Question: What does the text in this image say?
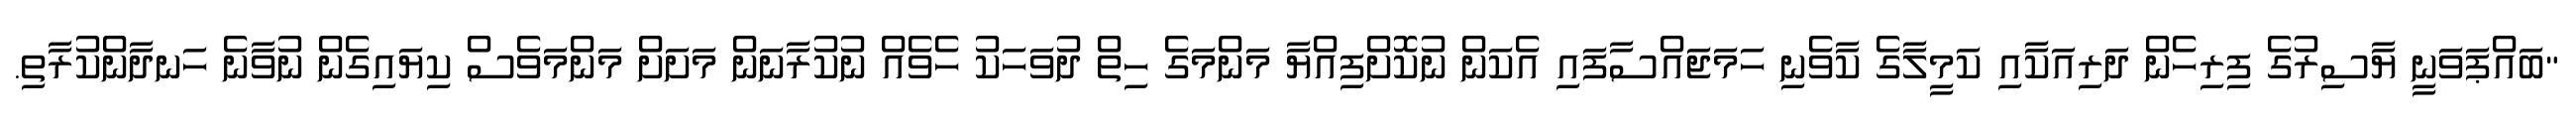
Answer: "ބައްޕަވަނީ ޔާސިރުގެ ފިރިހެން ދަރިއަކާއި ކަމީލާގެ ކާވެނި ހަމަޖައްސާފައި އެކަން ނުކޮށްފިއްޔާ މަންމަގެ ހިތް ދުވަހަކު ހެވެއް ނުކުރާނަން މަށަށް މަންމަވެސް ކިޔައިގެން ނުވާނެ ހަނދާންކުރާތި.